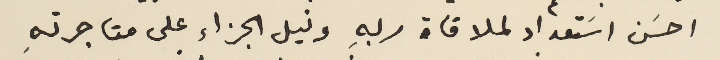
احسَن اسَتعداد لملاقاة ربهِ ونيل الجزاء على متاجرته